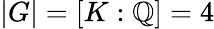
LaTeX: |G|=[K:\mathbb{Q}]=4